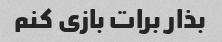
بذار برات بازی کنم